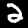
Label: 2